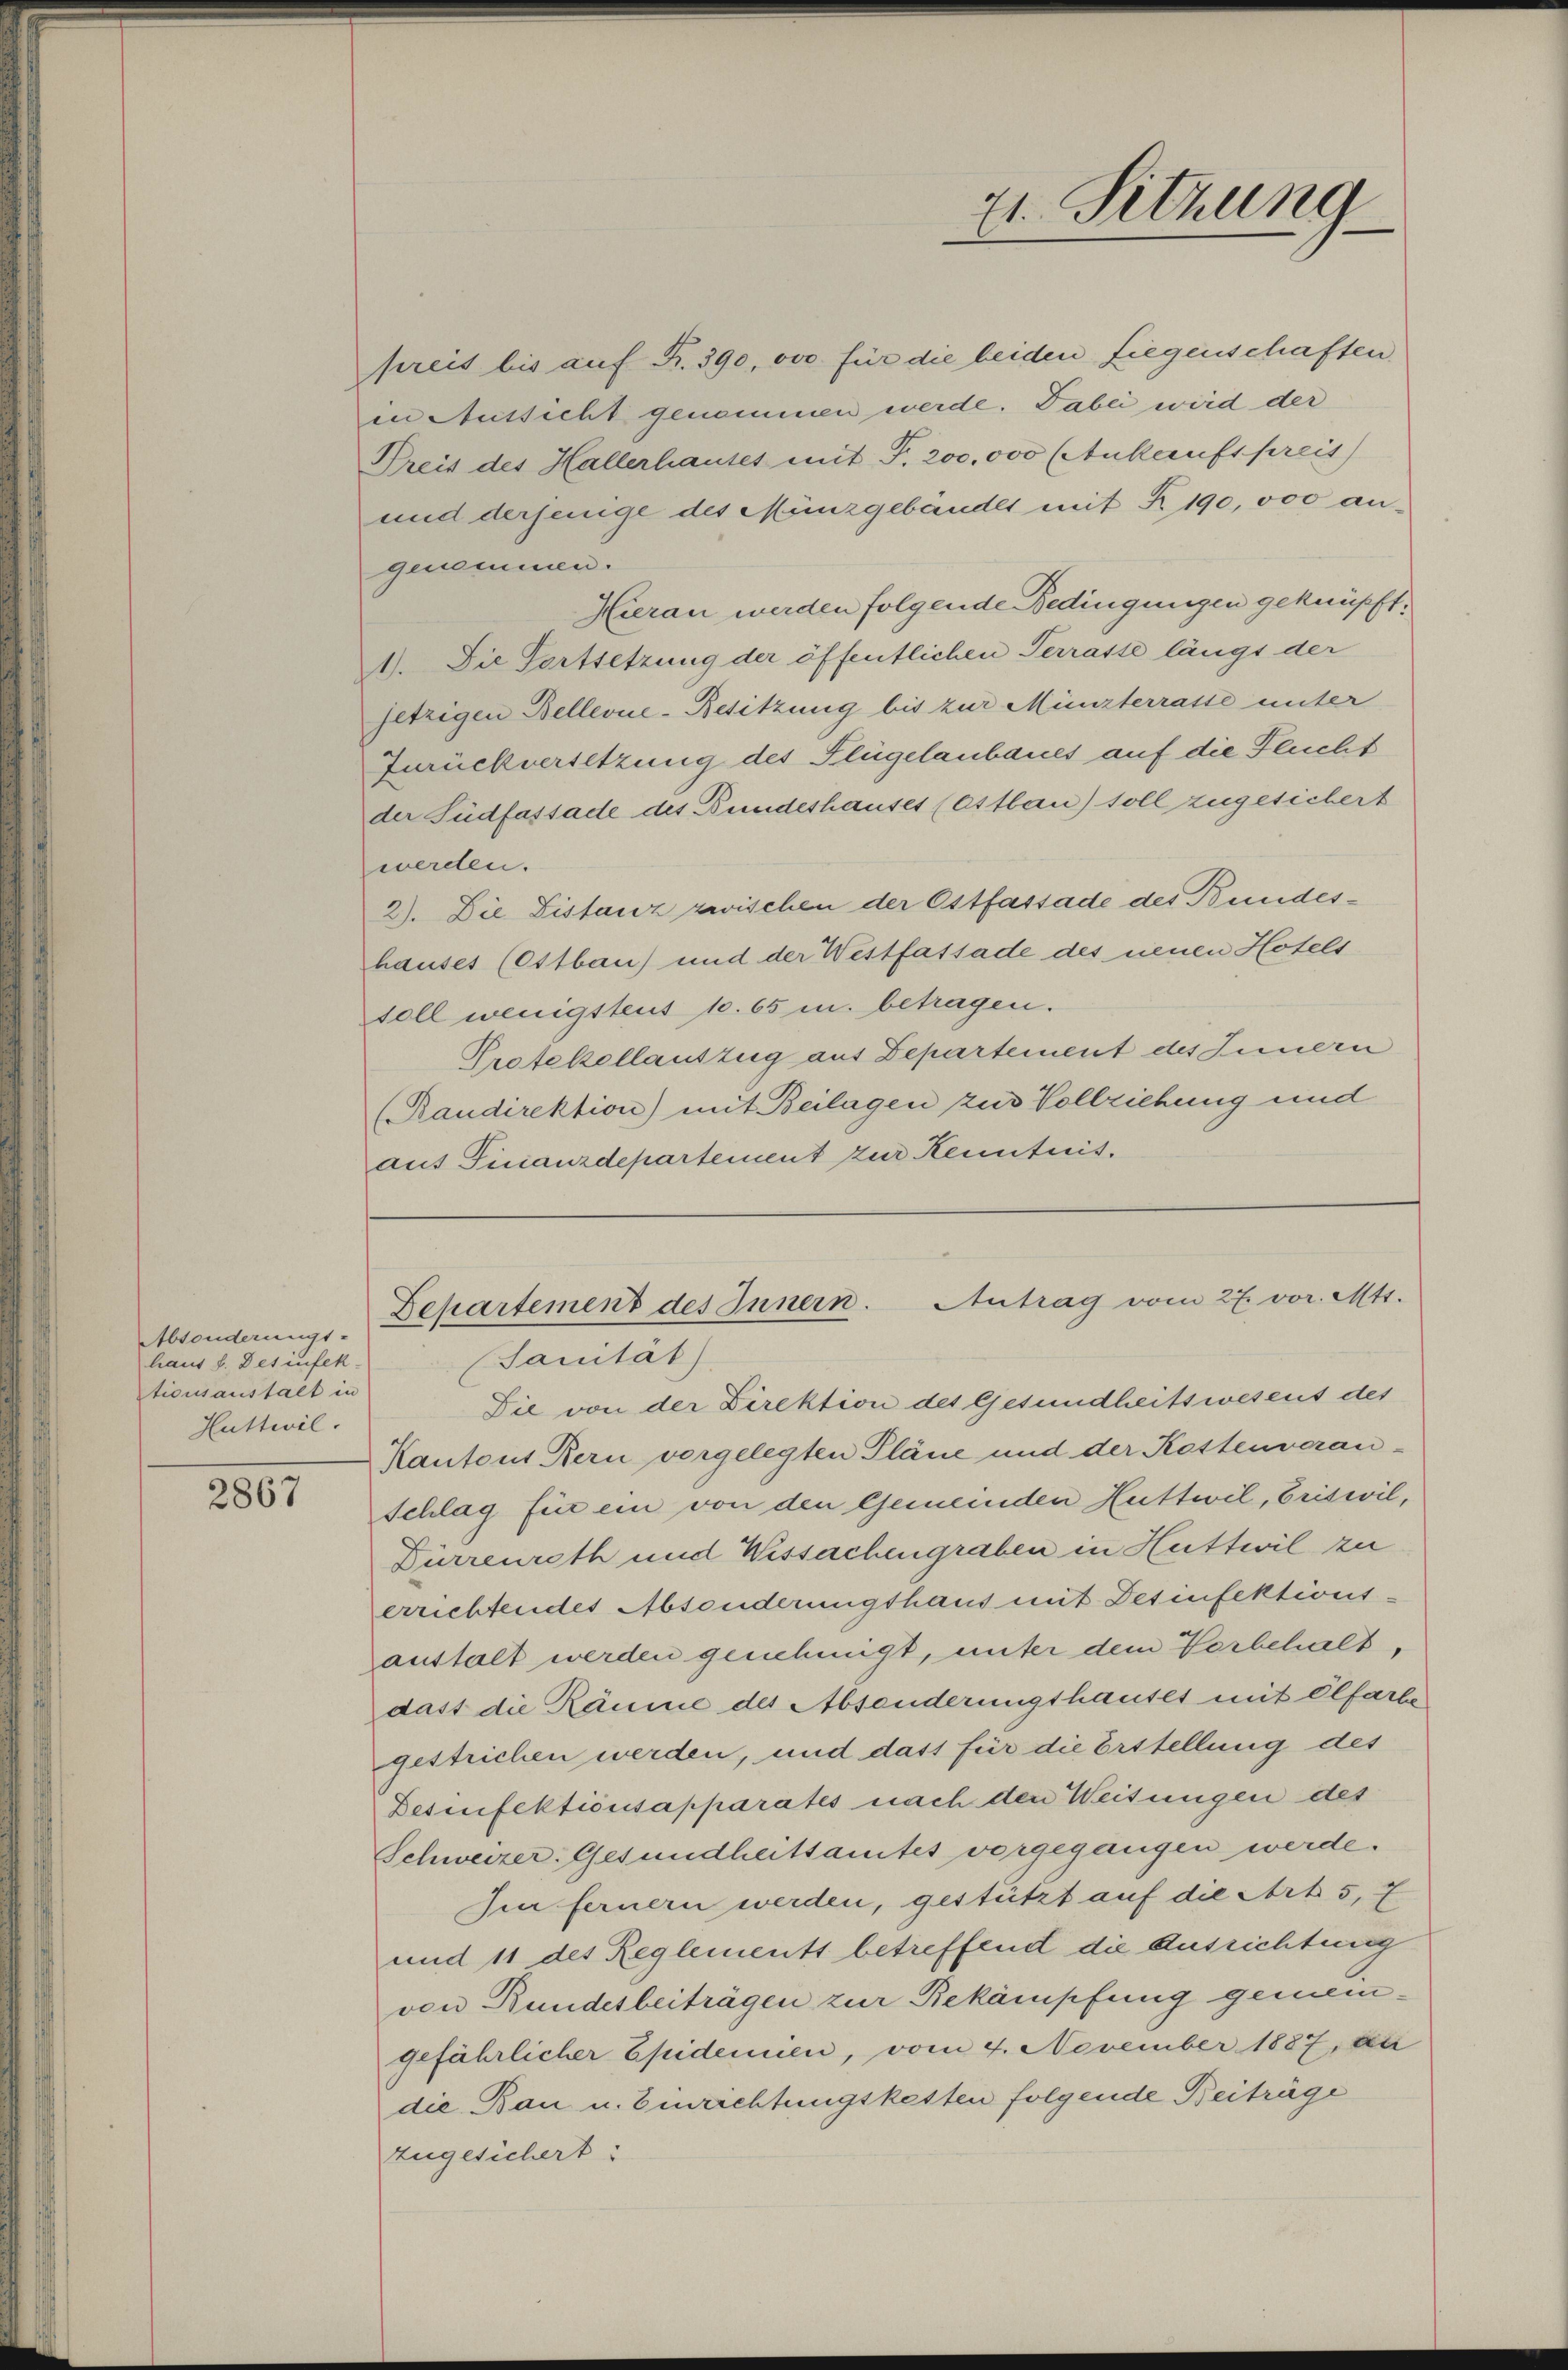
Absonderungs-
haus f. Desinfek-
tiousaushalt in
Huttwil

2867

preit bis auf S. 390, ovo für die beiden Liegenschaften,
in Aussicht genommen werde. Dabei wird der
Preis des Hallerhauses mit Fr. 200,000 (Ankaufspreis
und derjenige des Münzgebäudes mit § 190,000 angenommen.
Hieran werden folgende Bedingungen geknüpft.
1). Die Fortsetzung der öffentlichen Terrasse längs der
jetzigen Bellerne-Resitzung bis zur Münsterrasse unter
Zurückversetzung des Plügelanbaues auf die Flucht
der Südfassade des Bundeshauses (Ottbau) soll zugesichert
werden.
2). Die Distanz zwischen der Ostfassade des Bundeshauses (Ottbau) und der Westfassade des neuen Hotels
soll wenigstens 10. 65 u. betragen.
Protekollauszug aus Departement des Innern
(Raudirektion) mit Beilagen zur Vollziehung und
auf Finanzdepartement zur Kenntnis.

Die von der Direktion des Gesundheitswesens des
Kantons Bern vorgelegten Pläne und der Kostenveran-
schlag für ein von den Gemeinden Huttwil, Criswil,
Durrenrath und Wissachengraben in Huttwil zu
errichtendes Absonderungshaus mit Desinfektions-
anstalt werden genehmigt, unter dem Vorbehalt,
dass die Räume des Absonderungshauses mit Ölfarbe
gestrichen werden, und dass für die Erstellung des
Desinfektionsapparates nach den Weisungen des
Schweizer. Gesundheitsamtes vorgegangen werde.
Iin fernern werden, gestützt auf die Art. 5, 7
und 11 des Reglements betreffend die Ausrichtung
von Bundesbeiträgen zur Bekämpfung gemeingefährlicher Epidemien, vom 4. November 1887, au
die Bau u. Einrichtungsketten folgende Beiträge
zugesichert:

21. Sitzung

Behartement des Innern. Antrag vom 27. vor. Mtt.
(Sanität)